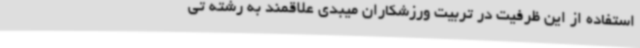
استفاده از این ظرفیت‌ در تربیت ورزشکاران میبدی علاقمند به رشته تی